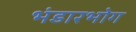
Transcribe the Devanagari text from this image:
भंडारभोग